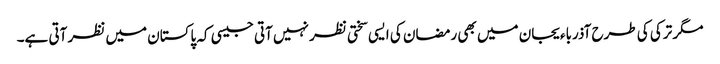
مگر ترکی کی طرح آذرباءیجان میں بھی رمضان کی ایسی سختی نظر نہیں آتی جیسی کہ پاکستان میں نظر آتی ہے۔